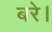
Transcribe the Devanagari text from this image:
बरे।